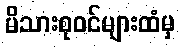
မိသားစုဝင်များထံမှ